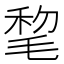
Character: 𣮋